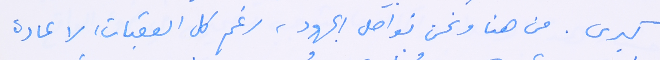
كبرى. من هنا ونحن نواصلَ الجهود، رغم كل العقبات، لاعادة